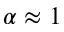
\alpha \approx 1